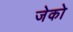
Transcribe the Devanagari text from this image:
जेको